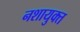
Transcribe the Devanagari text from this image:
नशायुक्त